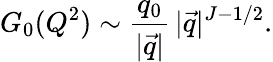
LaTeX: G_{0}(Q^{2})\sim\frac{q_{0}}{|\vec{q}|}\, |\vec{q}|^{J-1/2}.